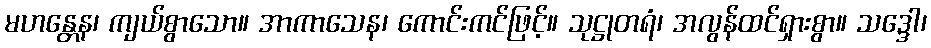
မဟန္တေန၊ ကျယ်စွာသော။ အာကာသေန၊ ကောင်းကင်ဖြင့်။ သုဋ္ဌုတရံ၊ အလွန်ထင်ရှားစွာ။ သဒ္ဒေါ၊